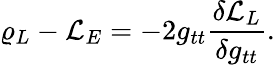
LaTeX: \varrho_{L}-{\cal L}_{E}=-2g_{tt}{\frac{\delta{\cal L}_{L}}{\delta g_{tt}}}.